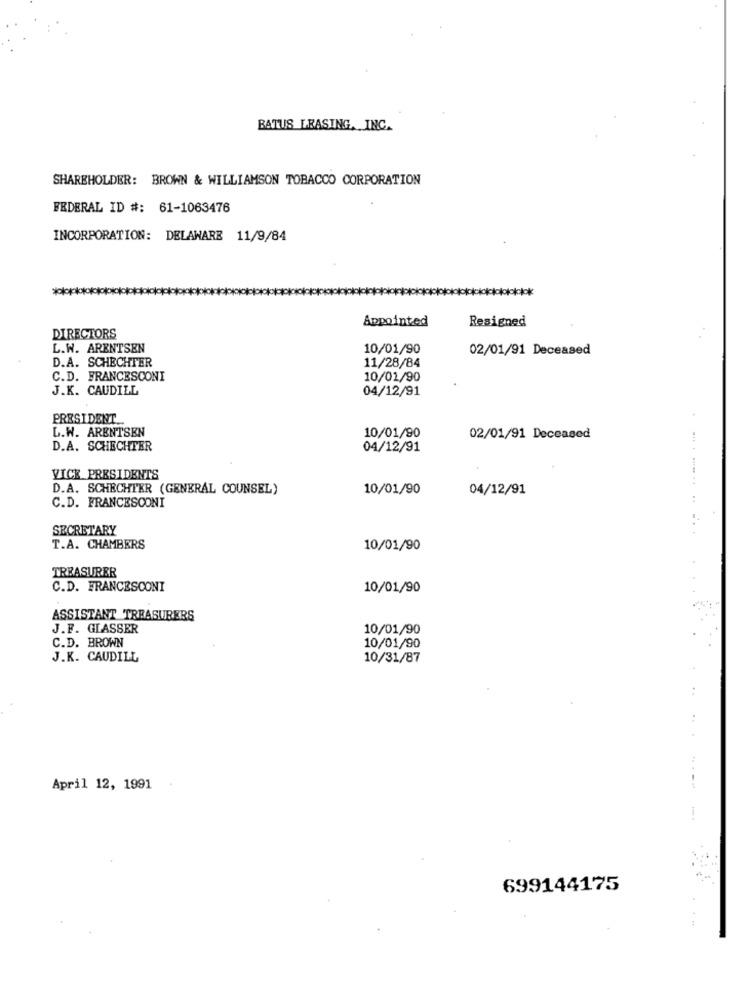
BATUS LEASING, INC.
SHAREHOLDER: BROWN & WILLIAMSON TOBACCO CORPORATION
FEDERAL ID #: 61-1063476
INCORPORATION: DELAWARE 11/9/84
Appointed
Resigned
DIRECTORS
L.W. ARENTSEN
10/01/90
02/01/91 Deceased
D.A. SCHECHTER
11/28/84
C.D. FRANCESCONI
10/01/90
J.K. CAUDILL
04/12/91
PRESIDENT ..
L.W. ARENTSEN
10/01/90
02/01/91 Deceased
D.A. SCHECHTER
04/12/91
VICE PRESIDENTS
D.A. SCHECHTER (GENERAL COUNSEL)
10/01/90
04/12/91
C.D. FRANCESCONI
SECRETARY
T.A. CHAMBERS
10/01/90
TREASURER
C.D. FRANCESCONI
10/01/90
ASSISTANT TREASURERS
J.F. GLASSER
10/01/90
C.D. BROWN
10/01/90
J.K. CAUDILL
10/31/87
April 12, 1991
699144175